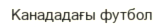
Канададағы футбол